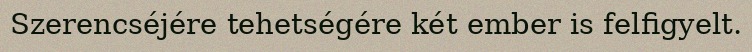
Szerencséjére tehetségére két ember is felfigyelt.